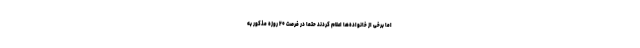
اما برخی از خانواده‌ها اعلام کردند حتما در فرصت ۲۰‌ روزه مذکور به